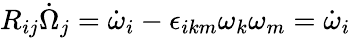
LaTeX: R_{ij}\dot{\Omega}_{j}=\dot{\omega}_{i}-\epsilon_{ikm}\omega_{k}\omega_{m}=\dot{\omega}_{i}